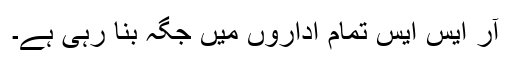
آر ایس ایس تمام اداروں میں جگہ بنا رہی ہے۔